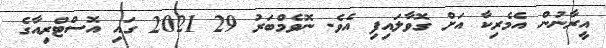
އީރާނުން އެމެރިކާ އަށް ގޮވާލައިފި އެވެ. ނޮވެމްބަރު 29 2021 ގައި އޮސްޓްރިއާގެ